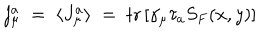
j _ { \mu } ^ { a } \; = \; \langle J _ { \mu } ^ { a } \rangle \; = \; \mathrm { t r } \left[ \gamma _ { \mu } \tau _ { a } S _ { F } ( x , y ) \right]